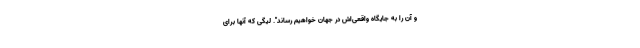
و آن را به جایگاه واقعی‌اش در جهان خواهیم رساند". لیگی که آنها برای